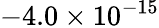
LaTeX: {-4.0\times 10^{-15}}